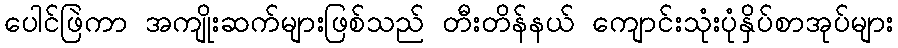
ပေါင်ဖြဲကာ အကျိုးဆက်များဖြစ်သည် တီးတိန်နယ် ကျောင်းသုံးပုံနှိပ်စာအုပ်များ